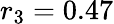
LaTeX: r_{3}=0.47